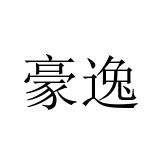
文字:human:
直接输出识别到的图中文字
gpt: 豪逸